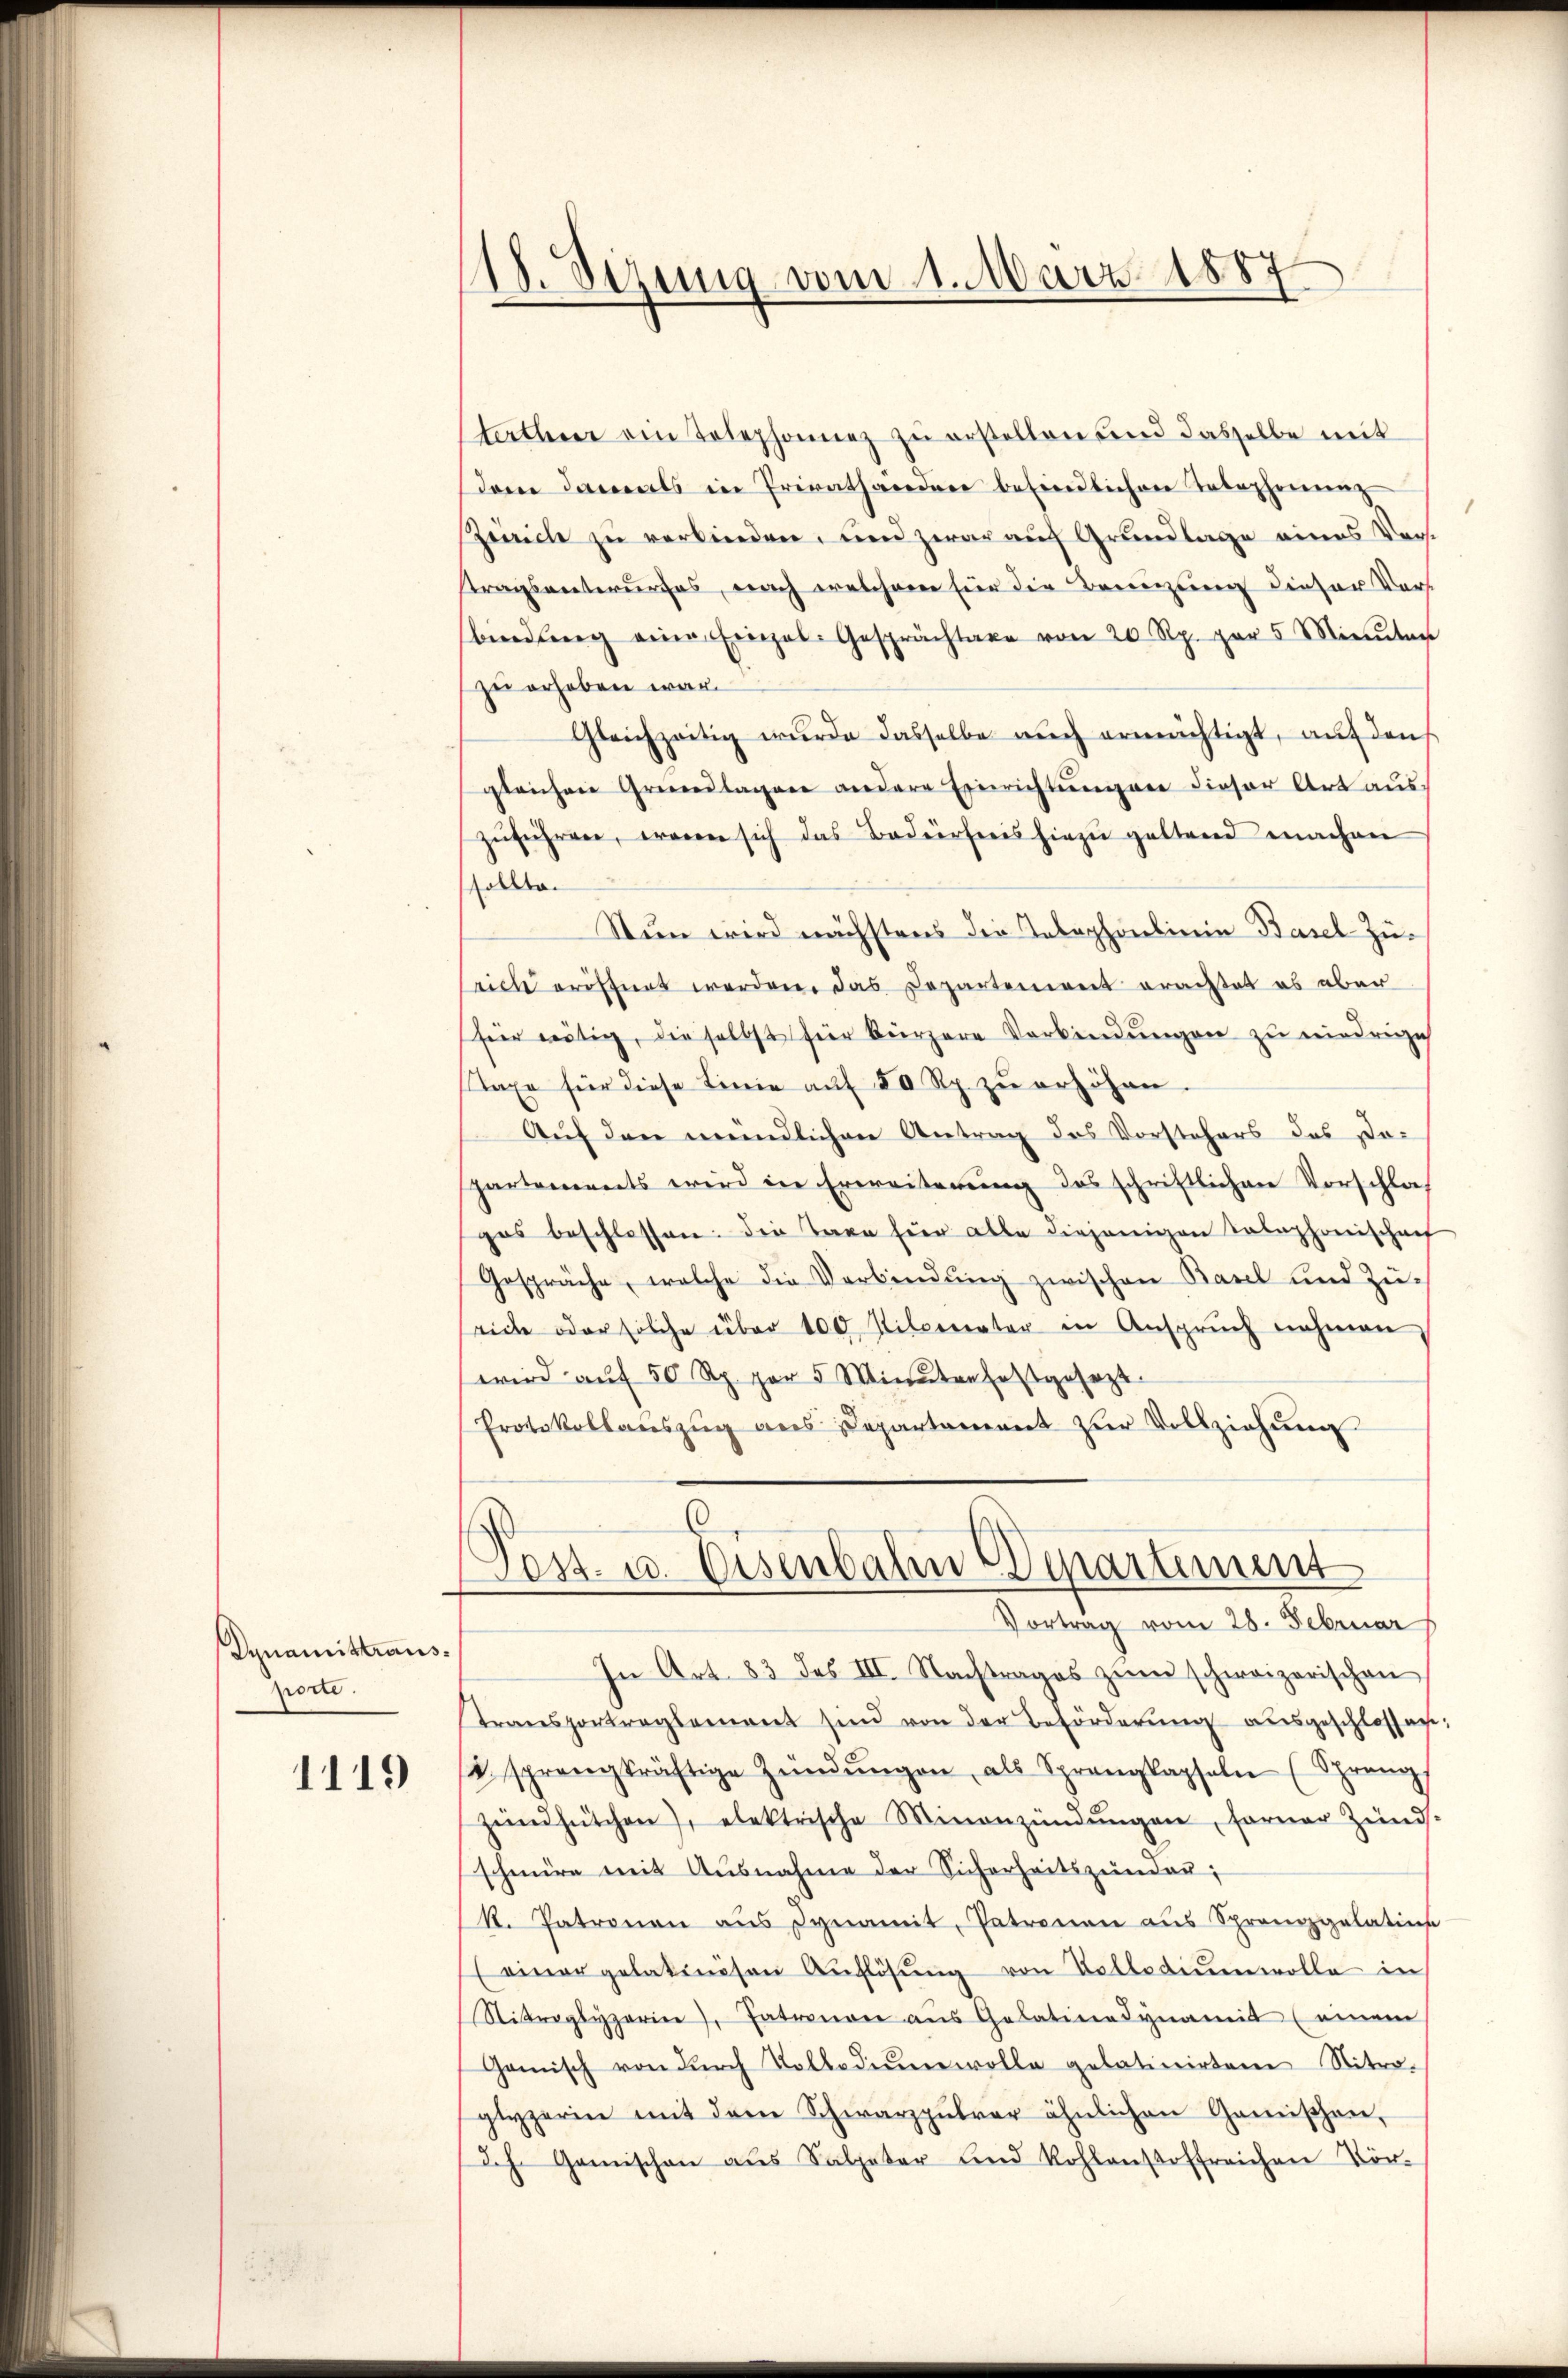
Dynamittransporte.

1119

118. Sezung vom 1. März 1887

terther ein Telephonnez zŭ erstellen und dasselbe mit
dem damals in Privathandere befindlichen Telephonunz
Zürich zu verbinden, und zwar auf Grundlage eines Verst
stragsentwurfes, nach welchem für die Brenzung dieser Vors
bidberg eine Einzel Gesprächtaxe von 20 Rp. par 5 Minuten
zu erheben war.
Gleichzeitig wurde dasselbe auch ermächtigt, auf den
gleichen Grundlagen andere Einrichtungen dieser Art auszŭführen, waren sich das Baderfreis hiezŭ geltend machen
ollte.
Nun wird nächstens die Telephonbinie Basel-Zü-
rich eröffnet werden, das Departement erachtet es aber
für nötig, die selbst für kürzere Verbindungen zu niedrige
staxe für diese Linie aŭf 50 Rp. zŭ erhöhen.
Auf den mündlichen Antrag des Vorstehers des Dopartements wird in Erweiterung des schriftlichen Vorschlaf
gas beschlossen: die Tage für alle diejenigen Telephonischaf
Gespräche, welche die Verbindŭng zwischen Basel und Züeiche oder solche über 100 Kilcreater in Anspruch nehmen,
wird auf 50 Rp. par 5 Minuten festgesezt
Protokollauszug aus Departament zur Vollziehung
Pest- u. Eisenbahn Departement
Vortrag vom 28. Februar
In Art. 83 des III. Nachtrages zŭm schweizerischen
transportreglement sind von der Beförderŭng ausgeschlossen
s sprangkräftige Zündŭngen, als Sprangkapseln (Spreng
Zündhütchen), elektrische Minanzündŭngen, ferner Zünds-
schnüre mit Ausnahme der Sicherheitszŭndar;
k. Patronen aŭs dynamit, Patronen aŭs Sprangelatins
(einer gelatinösen Auflösung von Kollodiŭmwolle in
Nitraglyperin), Patronon aŭs Gelatinadynamit (einem
Gomisch von dŭrch Volkediŭm wolle gelatinirten Nitro-
glyperin mit dem Schwarzpŭlrar ähnlichen Gemischen,
Ich. Gemischen aus Salpeter und Rohlanstoffreichen Vor-